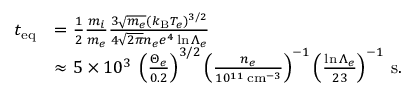
\begin{array} { r l } { t _ { \mathrm { e q } } } & { = \frac { 1 } { 2 } \frac { m _ { i } } { m _ { e } } \frac { 3 \sqrt { m _ { e } } ( k _ { \mathrm { B } } T _ { e } ) ^ { 3 / 2 } } { 4 \sqrt { 2 \pi } n _ { e } e ^ { 4 } \ln { \Lambda _ { e } } } } \\ & { \approx 5 \times 1 0 ^ { 3 } \: \left( \frac { \Theta _ { e } } { 0 . 2 } \right) ^ { 3 / 2 } \left( \frac { n _ { e } } { 1 0 ^ { 1 1 } \: \mathrm { c m } ^ { - 3 } } \right) ^ { - 1 } \left( \frac { \ln { \Lambda _ { e } } } { 2 3 } \right) ^ { - 1 } \: \mathrm { s } . } \end{array}